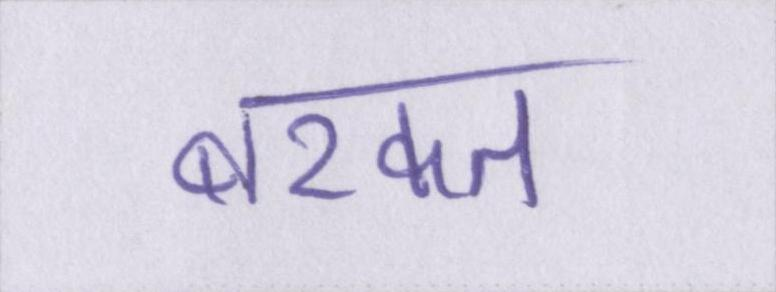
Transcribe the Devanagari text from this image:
बरकत